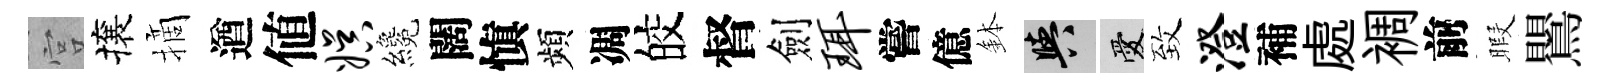
宫攘摘遒値娱纔闊愼頻凋皎督劍珥嘗億鉢阳愛致澄補處裯前暇鸎